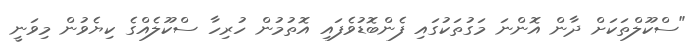
"ސްކޫލްތަކަށް ދާން އޮންނަ މަގުތަކުގައި ފެންބޮޑުވެފައި އޮތުމުން ހުރިހާ ސްކޫލެއްގެ ކިޔެވުން މިވަނީ